Vaccination in Bombay 1902-1912 - 1902-1912
Year: 1902
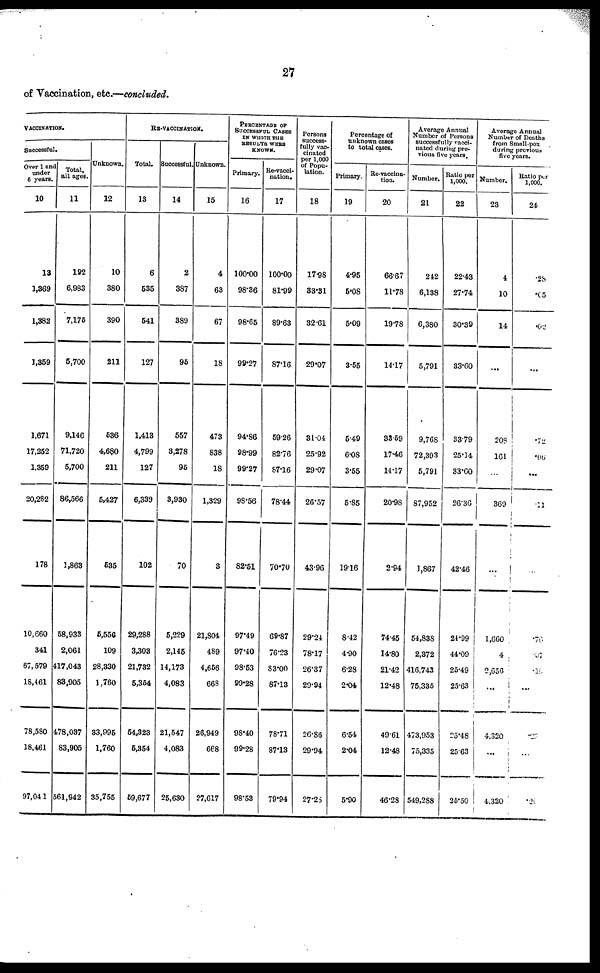
27
of Vaccination, etc.—concluded.
VACCINATION.
Successful.
Over 1 and
under
6 years.
10
13
1,369
1,382
1,359
1,671
17,252
1,359
20,282
178
10,660
341
67,579
18,461
78,580
18,461
97,041
Total,
all ages.
11
192
6,983
7,176
5,700
9,146
71,720
5,700
86,566
1,863
58,933
2,061
417,043
83,905
478,037
83,905
561,942
Unknown.
12
10
380
390
211
536
4,680
211
5,427
535
5,556
109
28,330
1,760
33,995
1,760
35,755
RE-VACCINATION.
Total.
13
6
535
541
127
1,413
4,799
127
6,339
102
29,288
3,303
21,732
5,354
54,323
5,354
69,677
Successful.
14
2
387
389
95
557
3,278
95
3,930
70
5,229
2,145
14,173
4,083
21,547
4,083
25,630
Unknown.
15
4
63
67
18
473
838
18
1,329
3
21,804
489
4,656
668
26,949
668
27,617
PERCENTAGE OF
SUCCESSFUL CASES
IN WHICH THE
RESULTS8 WERE
KNOWN.
Primary.
16
100.00
98.36
98.65
99.27
94.86
98.99
99.27
98.56
82.51
97.49
97.40
98.53
99.28
98.40
99.28
98.53
Re-vacci-
nation.
17
100.00
81.99
89.63
87.16
59.26
82.76
87.16
78.44
70.70
69.87
76.23
83.00
87.13
78.71
87.13
79.94
Persons
success-
fully vac-
cinated
per 1,000
of Popu-
lation.
18
17.98
33.31
32.61
29.07
31.04
25.92
29.07
26.57
43.96
29.24
78.17
26.37
29.94
26.86
29.94
27.28
Percentage of
unknown cases
to total cases.
Primary.
19
4.95
5.08
5.09
3.55
5.49
6.08
3.55
5.85
19.16
8.42
4.90
6.28
2.04
6.54
2.04
5.90
Re-vaccina-
tion.
20
66.67
11.78
19.78
14.17
33.59
17.46
14.17
20.98
2.94
74.45
14.80
21.42
12.48
49.61
12.48
46.28
Average Annual
Number of Persons
successfully vacci-
nated during pre-
vious five years.
Number.
21
242
6,138
6,380
5,791
9,768
72,393
5,791
87,952
1,867
54,838
2,372
416,743
75,335
473,953
75,335
549,288
Ratio per
1,000.
22
22.43
27.74
30.39
33.60
33.79
25.14
33.60
26.36
42.46
24.99
44.09
25.49
25.63
25.48
25.63
25.50
Average Annual
Number of Deaths
from Small-pox
during previous
five years.
Number.
23
4
10
14
...
208
161
...
369
...
1,660
4
2,656
...
4,320
...
4,320
Ratio per
1,000. 24
.28
.05
.02
...
.72
.06
...
.11
...
.76
.07
.16
...
.23
...
.20